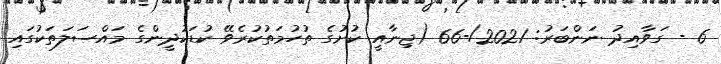
6 - ގަވާއިދު ނަންބަރު: 2021/-66 (ޖިނާއީ ކުށުގެ ތުހުމަތުކުރެވޭ ކުޑަކުދީންގެ މައްސަލަތަކުގައި